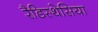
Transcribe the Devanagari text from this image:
रैडिस्थेसिया